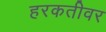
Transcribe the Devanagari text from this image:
हरकतीवर